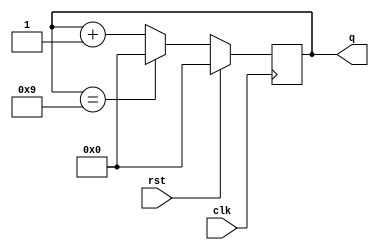
module counter(clk,rst,q);
	input clk,rst;
	output reg [3:0] q=0;
	always @(posedge clk) begin 
		if (rst)
			begin
				q <= 4'd0;
			end
		else
			begin
				q <= q + 4'd1;
				if(q==4'd9)
					q<=4'd0;
			end	
	end
endmodule